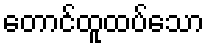
တောင်ထူထပ်သော